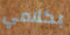
بكلامي